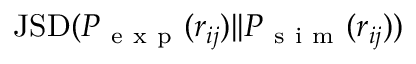
\mathrm { J S D } ( P _ { \mathrm { ~ e ~ x ~ p ~ } } ( r _ { i j } ) | | P _ { \mathrm { ~ s ~ i ~ m ~ } } ( r _ { i j } ) )